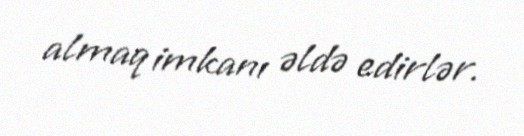
almaq imkanı əldə edirlər.